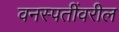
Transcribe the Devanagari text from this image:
वनस्पतींवरील